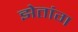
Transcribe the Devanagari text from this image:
झेतांग